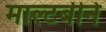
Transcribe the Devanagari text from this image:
माल्टबीने